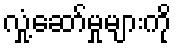
လှုံ့ဆော်မှုများကို